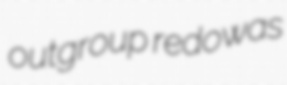
outgroup redowas